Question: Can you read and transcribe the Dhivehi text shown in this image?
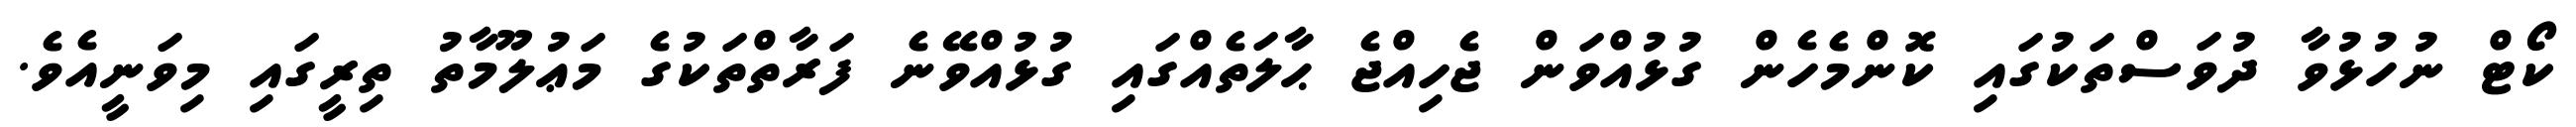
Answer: ކޯޓް ނުހުޅުވާ ދުވަސްތަކުގައި ކޮންމެހެން ގުޅުއްވަން ޖެހިއްޖެ ޙާލަތެއްގައި ގުޅުއްވޭނެ ފަރާތްތަކުގެ މަޢުލޫމާތު ތިރީގައި މިވަނީއެވެ.